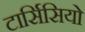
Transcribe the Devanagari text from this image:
टार्सिसियो